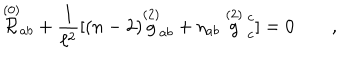
\stackrel { ( 0 ) } { \cal { R } } _ { a b } + { \frac { 1 } { \ell ^ { 2 } } } [ ( n - 2 ) \stackrel { ( 2 ) } g _ { a b } + \eta _ { a b } \stackrel { ( 2 ) } g \strut _ { c } ^ { c } ] = 0 \qquad ,